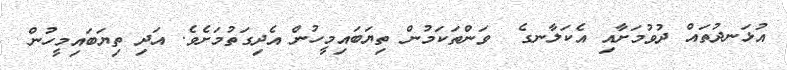
އުޅަނދުތައް ދުވުމަށާއި އެކަލާނގެ  ވަންތަކަމުން ތިޔަބައިމީހުން އެދިގަތުމަށެވެ. އަދި ތިޔަބައިމީހުން